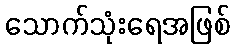
သောက်သုံးရေအဖြစ်